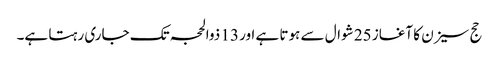
حج سیزن کا آغاز 25 شوال سے ہوتا ہے اور 13 ذوالحجہ تک جاری رہتا ہے۔